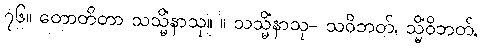
၇၆။ တောတိတာ သသ္မိံနာသု။ ။ သသ္မိံနာသု- သဝိဘတ်, သ္မိံဝိဘတ်,